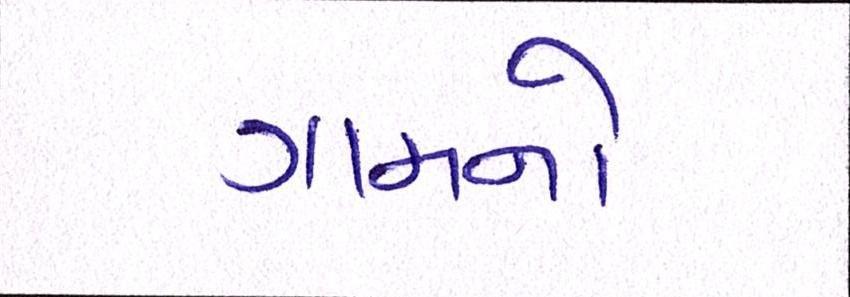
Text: ગામનો